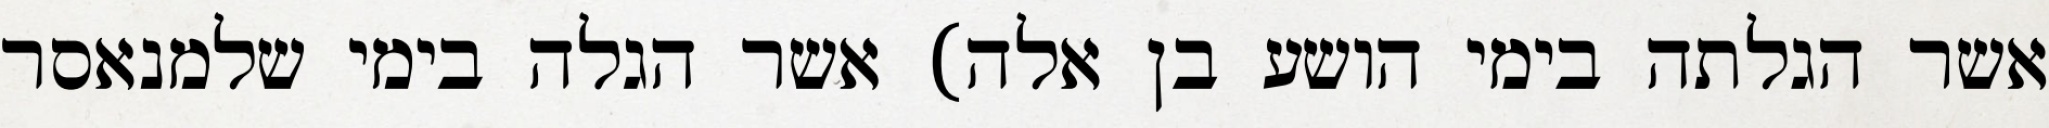
אשר הגלתה בימי הושע בן אלה) אשר הגלה בימי שלמנאסר